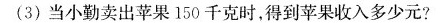
(3) 当小勤卖出苹果150千克时，得到苹果收入多少元?